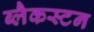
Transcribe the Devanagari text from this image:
ब्लैकस्टन